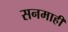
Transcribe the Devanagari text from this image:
सनमाही